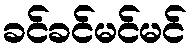
ခင်ခင်မင်မင်